Specificity of antivenomous sera, with special reference to a serum prepared with the venom of Daboia russellii - Number 16
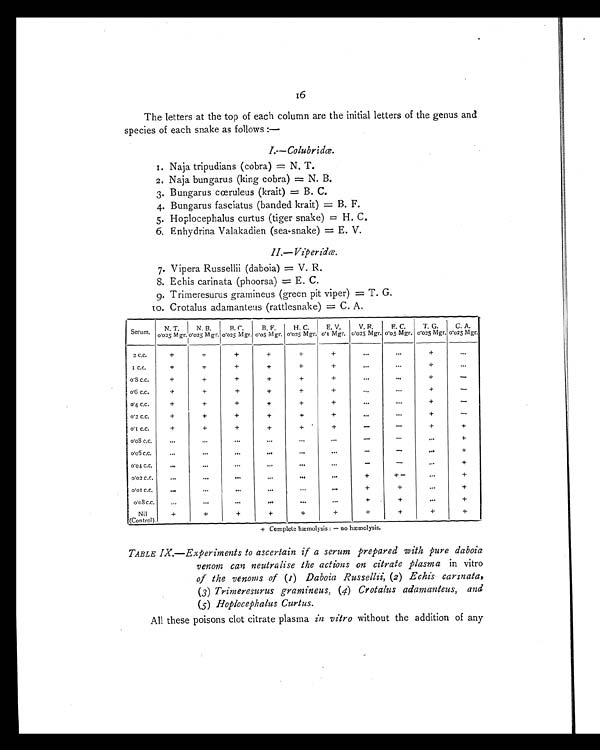
16
The letters at the top of each column are the initial letters of the genus and
species of each snake as follows :—
I.—Colubridœ.
1. Naja tripudians (cobra) = N. T.
2. Naja bungarus (king cobra) = N. B.
3. Bungarus cœruleus (krait) = B. C.
4. Bungarus fasciatus (banded krait) = B. F.
5. Hoplocephalus curtus (tiger snake) = H. C.
6. Enhydrina Valakadien (sea-snake) = E. V.
II.—Viperidœ.
7. Vipera Russellii (daboia) = V. R.
8. Echis carinata (phoorsa) = E. C.
9. Trimeresurus gratnineus (green pit viper) = T. G.
10.
Crotalus adamanteus (rattlesnake) = C. A.
Serum .
N. T.
0.025 Mgr.
N. B.
0 . 0 2 5 M g r .
B. C.
l 0.025 Mgr.
B. F.
0.05 Mgr.
H. C.
0.025 Mgr.
E. V.
0.1 Mgr.
V.P.
0.025 Mgr.
E. C.
0.05 Mgr.
T. G.
0.025 Mgr.
C. A.
0.025 Mgr.
2 C . C .
+
+
+
+
+
+
. . .
. . .
+
...
1 C.C.
+
+
+
+
+
+
. . .
. . .
+
. . .
0 . 8 C . C .
+
+
+
+
+
+
. . .
. . .
+
—
0 . 6 C . C .
+
+
+
+
+
+
....
...
+
—
0 . 4 C . C .
+
+
+
+
+
+
...
...
+
—
0.2 C.C.
+
+
+
+
+
+
...
...
+
—
0 . 1 C . C .
+
+
+
+
+
+
—
—
+
+
0 . 0 8 C . C .
...
...
...
...
...
...
—
—
...
+
0 . 0 5 C . C .
...
...
... ... ... ...
—
—
...
+
0 . 0 4 C . C .
...
...
...
... ...
...
—
—
...
+
0 . 0 2 C . C .
...
... ... ... ... ...
+
+ —
...
+
0 . 0 1 C . C .
... ... ... ... ... ...
+
+
...
+
0 . 0 8 C . C .
...
...
...
... ... ...
+
+
...
+
Nil
(Control).
+
+
+
+
+
+
+
+
+
+
+ Complete hæmolysis : — no hæmolysis.
TABLE IX.—Experiments to ascertain if a serum prepared with pure daboia
venom can neutralise the actions on citrate plasma in vitro
of the venoms of (1) Daboia Russellii, (2) Echis carinata,
(3) Trimeresurus granzineus, (4) Crotalus adamanteus, and
(5) Hoplocephalus Curtus.
All these poisons clot citrate plasma in vitro without the addition of any